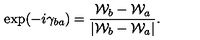
\exp ( - i \gamma _ { b a } ) = { \frac { { \cal W } _ { b } - { \cal W } _ { a } } { | { \cal W } _ { b } - { \cal W } _ { a } | } } .